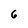
Character: 6